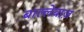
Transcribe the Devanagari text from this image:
बाल्लेबाज़